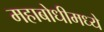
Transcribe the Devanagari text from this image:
महाबोधीमध्ये